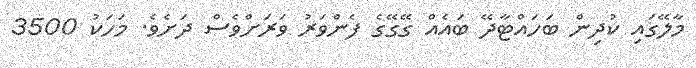
މާލޭގައި ކުދިން ބަހައްޓާދޭ ބައެއް ގޭގޭގެ ފެންވަރު ވަރަށްވެސް ދަށެވެ. މަހަކު 3500